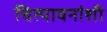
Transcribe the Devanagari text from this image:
चित्पावनांशी